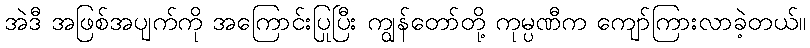
အဲဒီ အဖြစ်အပျက်ကို အကြောင်းပြုပြီး ကျွန်တော်တို့ ကုမ္ပဏီက ကျော်ကြားလာခဲ့တယ်။